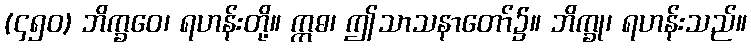
(၄၅၀) ဘိက္ခဝေ၊ ရဟန်းတို့။ ဣဓ၊ ဤသာသနာတော်၌။ ဘိက္ခု၊ ရဟန်းသည်။